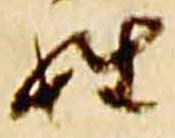
姓